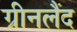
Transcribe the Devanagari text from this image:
ग्रीनलैंद